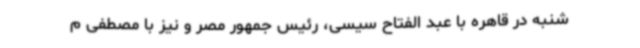
شنبه در قاهره با عبد الفتاح سیسی، رئیس جمهور مصر و نیز با مصطفی م